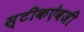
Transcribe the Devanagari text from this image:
स्टीकऐवजी